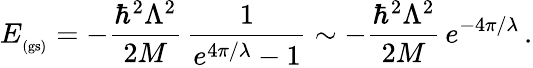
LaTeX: E_{_\mathrm{(gs)}}=-\frac{\hbar^{2}\Lambda^{2}}{2M}\, \frac{1}{e^{4\pi/\lambda}-1}\sim-\frac{\hbar^{2}\Lambda^{2}}{2M}\, e^{-4\pi/\lambda}\, .